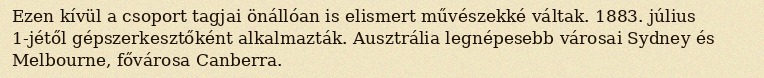
Ezen kívül a csoport tagjai önállóan is elismert művészekké váltak. 1883. július 1-jétől gépszerkesztőként alkalmazták. Ausztrália legnépesebb városai Sydney és Melbourne, fővárosa Canberra.